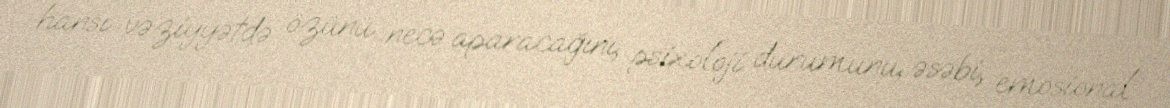
hansı vəziyyətdə özünü necə aparacağını, psixoloji durumunu, əsəbi, emosional